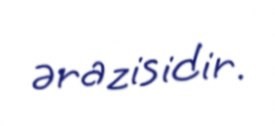
ərazisidir.